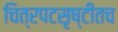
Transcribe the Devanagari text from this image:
चित्रपटसृष्टीतच